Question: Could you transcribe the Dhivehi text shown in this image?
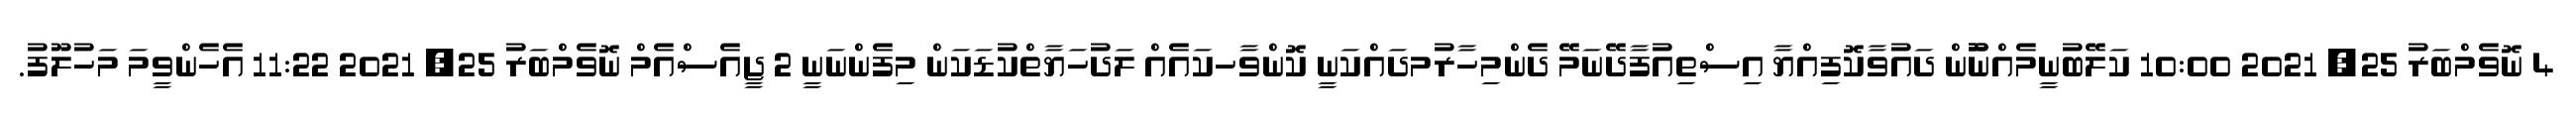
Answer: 4 ނޮވެމްބަރު 25, 2021 10:00 ކަލޭބުނީމެއްނުޫން ދައުވާކޮފިއްޔާ އިސްތިއުފާދޭނަމޭ ދެންމިހާރުމދައްކަނީ ކޮންވާހކައެއް ލަދުހަޔާތްކުޑަކަން މިފެންނަނީ 2 ޖީއެސްއެމް ނޮވެމްބަރު 25, 2021 11:22 އެހެންވީމަ މަހުލޫފު.